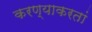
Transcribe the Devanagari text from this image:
करण्याकरतां